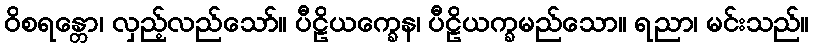
ဝိစရန္တော၊ လှည့်လည်သော်။ ပီဠိယက္ခေန၊ ပီဠိယက္ခမည်သော။ ရညာ၊ မင်းသည်။